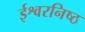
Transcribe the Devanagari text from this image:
ईश्वरनिष्ठ